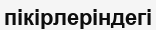
пікірлеріндегі